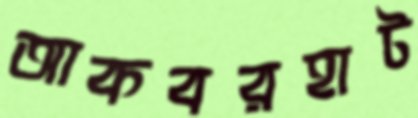
আকবরহাট